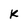
Character: k